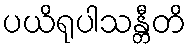
ပယိရုပါသန္တီတိ